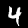
Label: 4